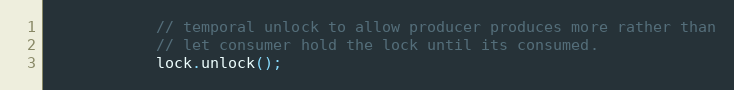
Language: C++
            // temporal unlock to allow producer produces more rather than
            // let consumer hold the lock until its consumed.
            lock.unlock();